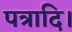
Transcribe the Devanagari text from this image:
पत्रादि।